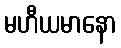
မဟီယမာနော